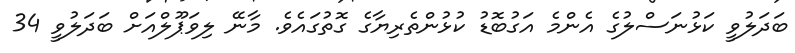
ބަދަލުވީ ކަޅުނަސްލުގެ އެންމެ އަގުބޮޑު ކުޅުންތެރިޔާގެ ގޮތުގައެވެ. މާނޭ ލިވަޕޫލްއަށް ބަދަލުވީ 34